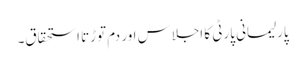
پارلیمانی پارٹی کا اجلاس اور دم توڑتا استحقاق۔